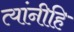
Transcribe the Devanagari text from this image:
त्यांनीहि